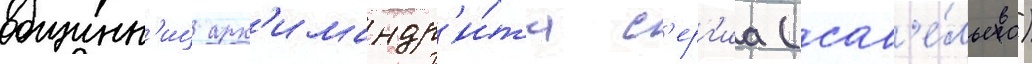
общинн'иц арх'имандр'и́та с'ерг'иа (сав'е́льева)